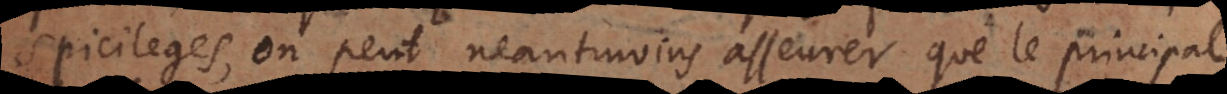
spicileges, on peut neantmoins asseurer que le principal